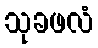
သုခဖလံ